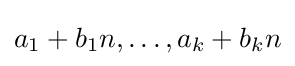
a_{1}+b_{1}n,\ldots ,a_{k}+b_{k}n